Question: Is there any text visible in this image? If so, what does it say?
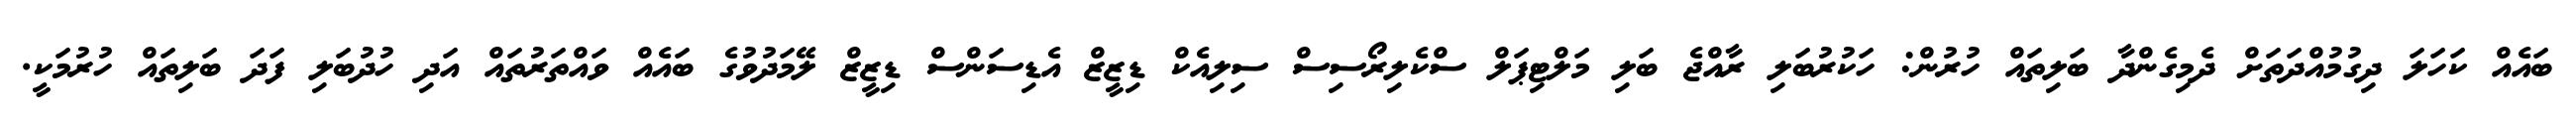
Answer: ބައެއް ކަހަލަ ދިގުމުއްދަތަށް ދެމިގެންދާ ބަލިތައް ހުރުން: ހަކުރުބަލި ރާއްޖެ ބަލި މަލްޓިޕަލް ސްކެލިރޯސިސް ސިލިއެކް ޑިޒީޒް އެޑިސަންސް ޑިޒީޒް ލޭމަދުވުގެ ބައެއް ވައްތަރުތައް އަދި ހުދުބަލި ފަދަ ބަލިތައް ހުރުމަކީ.